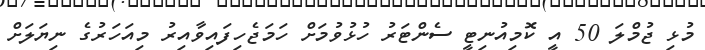
މުޅި ޖުމްލަ 50 އީ ކޮމިއުނިޓީ ސެންޓަރު ހުޅުވުމަށް ހަމަޖެހިފައިވާއިރު މިއަހަރުގެ ނިޔަލަށް